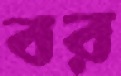
বর